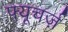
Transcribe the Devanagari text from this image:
फ्यूचर्ज़